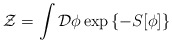
\begin{align*}{\cal Z}=\int {\cal D}\phi \exp \left\{ -S[\phi ]\right\} \end{align*}